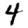
Digit: 4